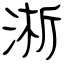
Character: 淅